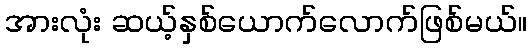
အားလုံး ဆယ့်နှစ်ယောက်လောက်ဖြစ်မယ်။